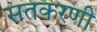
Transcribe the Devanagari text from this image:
सतकरणी